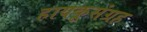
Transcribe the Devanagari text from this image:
हायकूसंग्रह